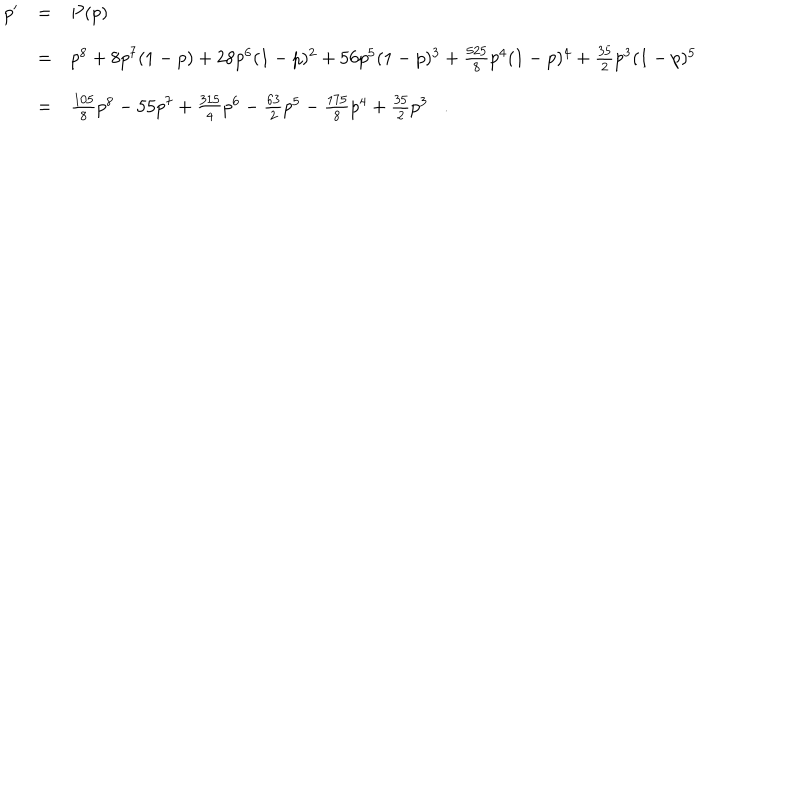
\begin{array} { r c l } { { p ^ { \prime } } } & { { = } } & { { P ( p ) } } \\ { { } } & { { = } } & { { p ^ { 8 } + 8 p ^ { 7 } ( 1 - p ) + 2 8 p ^ { 6 } ( 1 - p ) ^ { 2 } + 5 6 p ^ { 5 } ( 1 - p ) ^ { 3 } + \frac { 5 2 5 } { 8 } p ^ { 4 } ( 1 - p ) ^ { 4 } + \frac { 3 5 } { 2 } p ^ { 3 } ( 1 - p ) ^ { 5 } } } \\ { { } } & { { = } } & { { \frac { 1 0 5 } { 8 } p ^ { 8 } - 5 5 p ^ { 7 } + \frac { 3 1 5 } { 4 } p ^ { 6 } - \frac { 6 3 } { 2 } p ^ { 5 } - \frac { 1 7 5 } { 8 } p ^ { 4 } + \frac { 3 5 } { 2 } p ^ { 3 } \, \, \, \, \, . \, \, \, \, \, } } \\ \end{array}